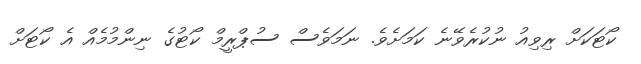
ކޯޓަކަށް ރިވިއު ނުކުރެވޭނެ ކަމަށެވެ. ނަމަވެސް ސުޕްރީމް ކޯޓުގެ ނިންމުމެއް އެ ކޯޓަށް